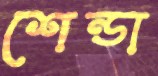
শেন্ডা